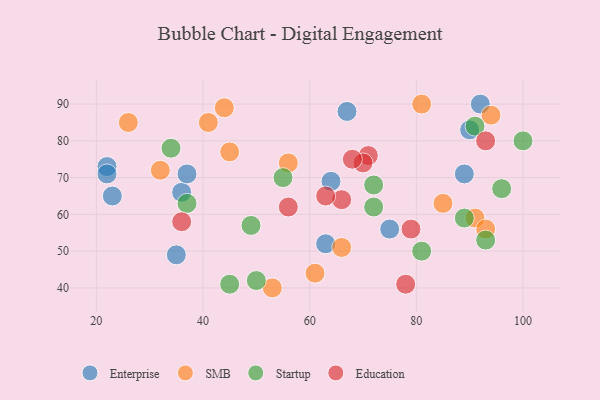
{"axis": {"x": "GDP", "y": "Life Expectancy"}, "legend": ["Education", "Enterprise", "SMB", "Startup"], "data": [{"x": "36", "y": 66, "type": "Enterprise"}, {"x": "22", "y": 73, "type": "Enterprise"}, {"x": "22", "y": 71, "type": "Enterprise"}, {"x": "35", "y": 49, "type": "Enterprise"}, {"x": "67", "y": 88, "type": "Enterprise"}, {"x": "92", "y": 90, "type": "Enterprise"}, {"x": "90", "y": 83, "type": "Enterprise"}, {"x": "37", "y": 71, "type": "Enterprise"}, {"x": "75", "y": 56, "type": "Enterprise"}, {"x": "64", "y": 69, "type": "Enterprise"}, {"x": "89", "y": 71, "type": "Enterprise"}, {"x": "23", "y": 65, "type": "Enterprise"}, {"x": "63", "y": 52, "type": "Enterprise"}, {"x": "45", "y": 77, "type": "SMB"}, {"x": "85", "y": 63, "type": "SMB"}, {"x": "26", "y": 85, "type": "SMB"}, {"x": "91", "y": 59, "type": "SMB"}, {"x": "53", "y": 40, "type": "SMB"}, {"x": "41", "y": 85, "type": "SMB"}, {"x": "81", "y": 90, "type": "SMB"}, {"x": "44", "y": 89, "type": "SMB"}, {"x": "94", "y": 87, "type": "SMB"}, {"x": "61", "y": 44, "type": "SMB"}, {"x": "56", "y": 74, "type": "SMB"}, {"x": "32", "y": 72, "type": "SMB"}, {"x": "66", "y": 51, "type": "SMB"}, {"x": "93", "y": 56, "type": "SMB"}, {"x": "45", "y": 41, "type": "Startup"}, {"x": "89", "y": 59, "type": "Startup"}, {"x": "100", "y": 80, "type": "Startup"}, {"x": "93", "y": 53, "type": "Startup"}, {"x": "34", "y": 78, "type": "Startup"}, {"x": "50", "y": 42, "type": "Startup"}, {"x": "96", "y": 67, "type": "Startup"}, {"x": "55", "y": 70, "type": "Startup"}, {"x": "49", "y": 57, "type": "Startup"}, {"x": "37", "y": 63, "type": "Startup"}, {"x": "91", "y": 84, "type": "Startup"}, {"x": "72", "y": 62, "type": "Startup"}, {"x": "72", "y": 68, "type": "Startup"}, {"x": "81", "y": 50, "type": "Startup"}, {"x": "71", "y": 76, "type": "Education"}, {"x": "56", "y": 62, "type": "Education"}, {"x": "36", "y": 58, "type": "Education"}, {"x": "66", "y": 64, "type": "Education"}, {"x": "78", "y": 41, "type": "Education"}, {"x": "63", "y": 65, "type": "Education"}, {"x": "79", "y": 56, "type": "Education"}, {"x": "70", "y": 74, "type": "Education"}, {"x": "68", "y": 75, "type": "Education"}, {"x": "93", "y": 80, "type": "Education"}]}